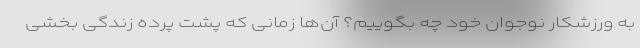
به ورزشکار نوجوان خود چه بگوییم؟ آن‌ها زمانی که پشت پرده زندگی بخشی